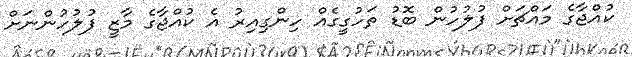
ކުއްޖާގެ މައްޗަށް ފުލުހުން ބޮޑު ތަހުގީގެއް ހިންގިއިރު އެ ކުއްޖާގެ މާޒީ ފުލުހުންނަށް